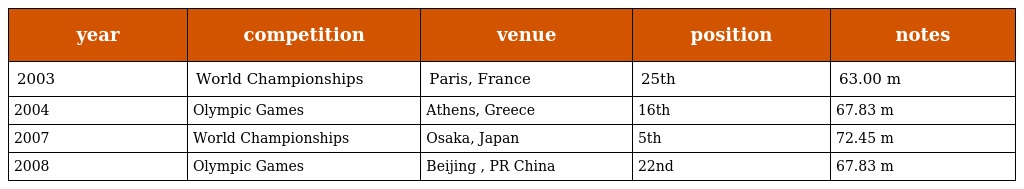
| year | competition | venue | position | notes |
 | --- | --- | --- | --- | --- |
 | 2003 | World Championships | Paris, France | 25th | 63.00 m |
 | 2004 | Olympic Games | Athens, Greece | 16th | 67.83 m |
 | 2007 | World Championships | Osaka, Japan | 5th | 72.45 m |
 | 2008 | Olympic Games | Beijing , PR China | 22nd | 67.83 m |